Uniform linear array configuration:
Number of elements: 64
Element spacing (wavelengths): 0.25
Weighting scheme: hann
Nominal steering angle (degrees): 0
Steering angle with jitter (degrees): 0.9966
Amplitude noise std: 0.05
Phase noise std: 0.05

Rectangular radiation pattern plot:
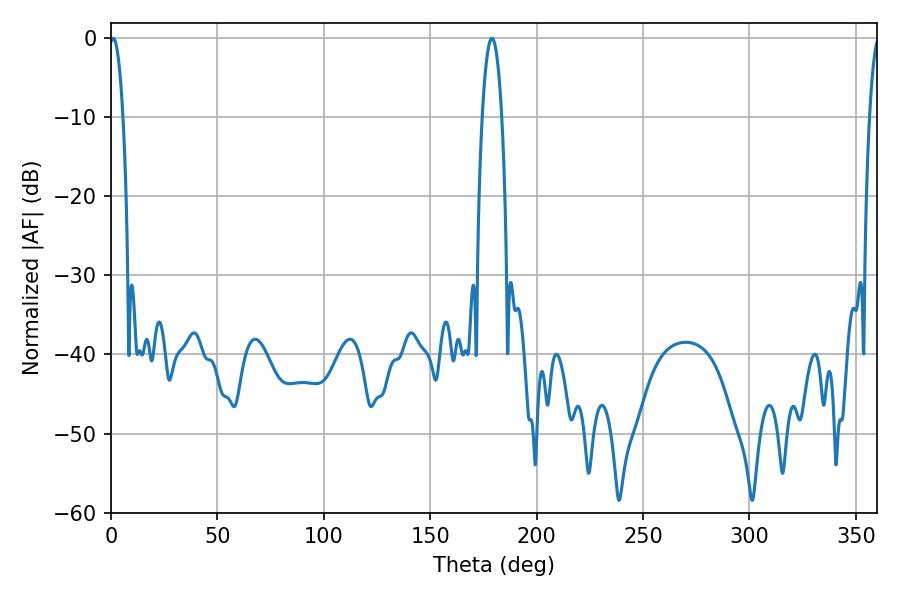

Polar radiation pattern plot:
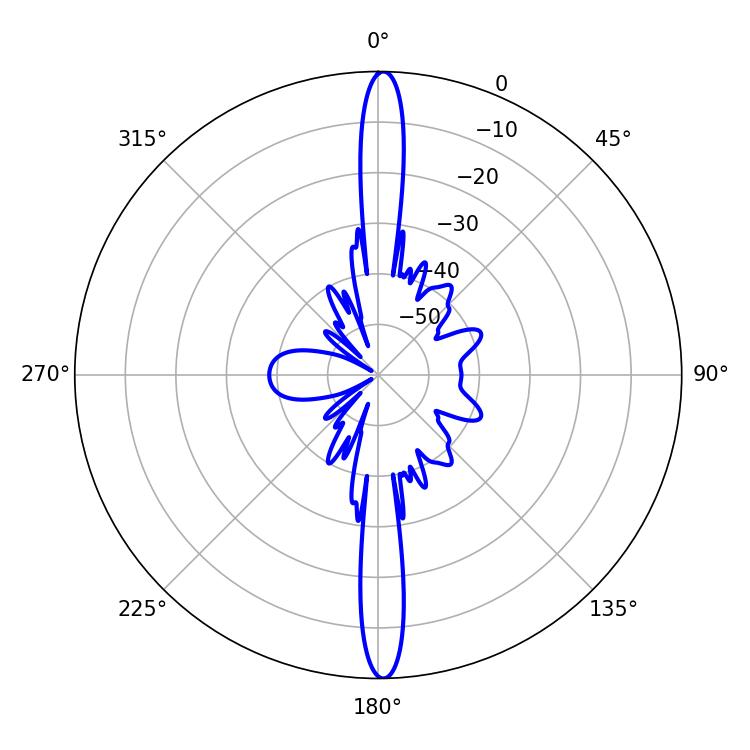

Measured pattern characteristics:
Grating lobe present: FALSE
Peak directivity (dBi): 27.658
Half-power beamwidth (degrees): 5.22
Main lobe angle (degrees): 178.92